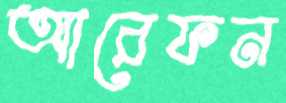
আরেফন